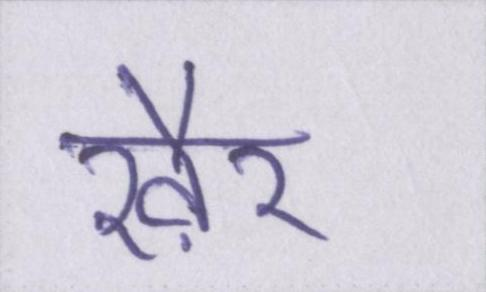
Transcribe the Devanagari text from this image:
ख़ैर